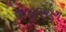
જાલસણ